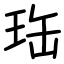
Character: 珤